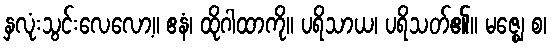
နှလုံးသွင်းလေလော့။ ဧနံ၊ ထိုဂါထာကို။ ပရိသာယ၊ ပရိသတ်၏။ မဇ္ဈေ စ၊